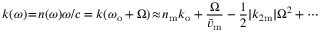
k ( \omega ) \! = \! n ( \omega ) \omega / c = k ( \omega _ { \mathrm { o } } + \Omega ) \! \approx \! n _ { \mathrm { m } } k _ { \mathrm { o } } + \frac { \Omega } { \widetilde { v } _ { \mathrm { m } } } - \frac { 1 } { 2 } | k _ { 2 \mathrm { m } } | \Omega ^ { 2 } + \cdots